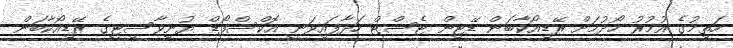
ހަތިމުގެ އުމުރު ހޯދުމަށް ރޭޑިއޯކާބަން ޑޭޓިން ޓެސްޓް ހަދާފައިވަނީ އޮކްސްފޯޑް ޔުނިވާސިޓީގެ ރޭޑިއޯކާބަން